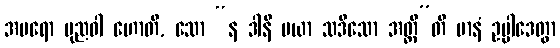
အပရော ပုညဝါ ဟောတိ, သော “န ဒါနိ မယာ သဒိသော အတ္ထီ”တိ မာနံ ဥပ္ပါဒေတွာ